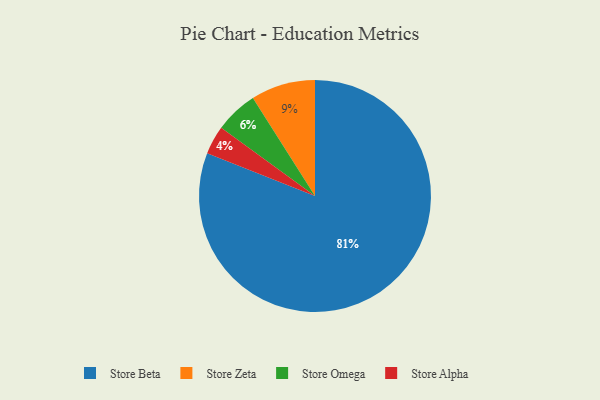
{"axis": {"x": "Category", "y": "Percentage"}, "legend": ["Store Alpha", "Store Beta", "Store Omega", "Store Zeta"], "data": [{"x": "Store Omega", "y": 6, "type": "Store Omega"}, {"x": "Store Beta", "y": 81, "type": "Store Beta"}, {"x": "Store Zeta", "y": 9, "type": "Store Zeta"}, {"x": "Store Alpha", "y": 4, "type": "Store Alpha"}]}